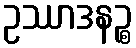
ဥဿာဒနဉ္စ